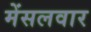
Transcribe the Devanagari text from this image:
मेंसलवार